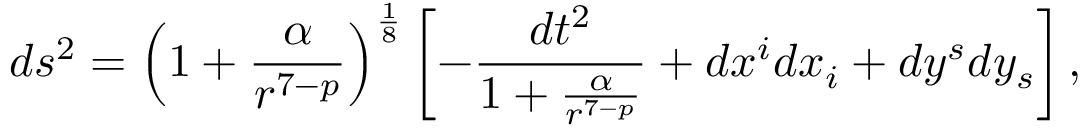
d s ^ { 2 } = \left( 1 + \frac { \alpha } { r ^ { 7 - p } } \right) ^ { \frac { 1 } { 8 } } \left[ - \frac { d t ^ { 2 } } { 1 + \frac { \alpha } { r ^ { 7 - p } } } + d x ^ { i } d x _ { i } + d y ^ { s } d y _ { s } \right] ,